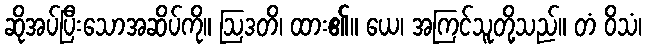
ဆိုအပ်ပြီးသောအဆိပ်ကို။ ဩဒတိ၊ ထား၏။ ယေ၊ အကြင်သူတို့သည်။ တံ ဝိသံ၊